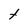
Character: t